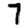
Digit: 7